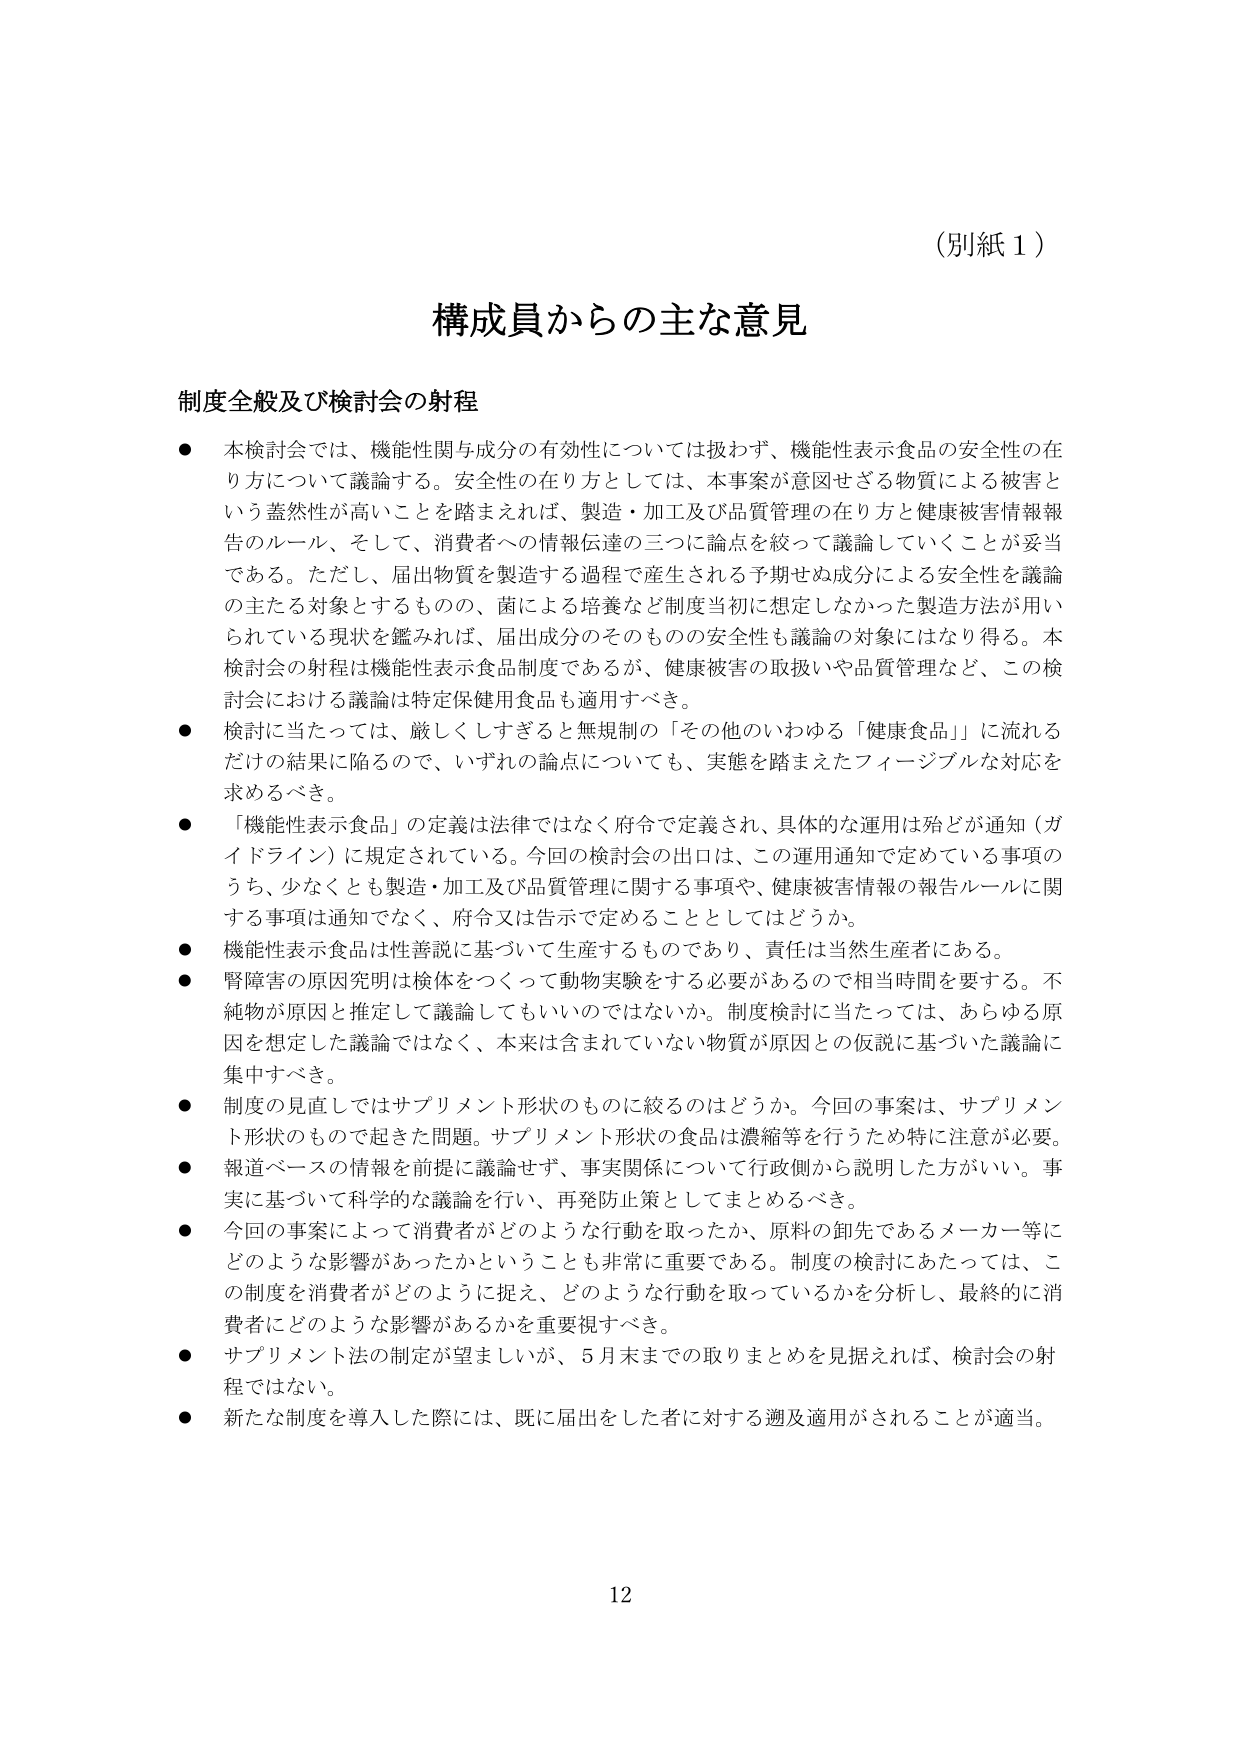
（別紙１）

構成員からの主な意見

制度全般及び検討会の射程

● 本検討会では、機能性関与成分の有効性については扱わず、機能性表示食品の安全性の在り方について議論する。安全性の在り方としては、本事案が意図せざる物質による被害という蓋然性が高いことを踏まえれば、製造・加工及び品質管理の在り方と健康被害情報報告のルール、そして、消費者への情報伝達の三つに論点を絞って議論していくことが妥当である。ただし、届出物質を製造する過程で産生される予期せぬ成分による安全性を議論の主たる対象とするものの、菌による培養など制度当初に想定しなかった製造方法が用いられている現状を鑑みれば、届出成分のそのものの安全性も議論の対象にはなり得る。本検討会の射程は機能性表示食品制度であるが、健康被害の取扱いや品質管理など、この検討会における議論は特定保健用食品も適用すべき。

● 検討に当たっては、厳しくしすぎると無規制の「その他のいわゆる「健康食品」に流れるだけの結果に陥るので、いずれの論点についても、実態を踏まえたフィージブル対応を求めるべき。

● 「機能性表示食品」の定義は法律ではなく府令で定義され、具体的な運用は殆どが通知（ガイドライン）に規定されている。今回の検討会の出口は、この運用通知で定めている事項のうち、少なくとも製造・加工及び品質管理に関する事項や、健康被害情報の報告ルールに関する事項は通知でなく、府令又は告示で定めることとしてはどうか。

● 機能性表示食品は性善説に基づいて生産するものであり、責任は当然生産者にある。

● 腎障害の原因究明は検体をつくって動物実験をする必要があるので相当時間を要する。不純物が原因と推定して議論してもいいのではないか。制度検討に当たっては、あらゆる原因を想定した議論ではなく、本来は含まれていない物質が原因との仮説に基づいた議論に集中すべき。

● 制度の見直しではサプリメント形状のものに絞るのはどうか。今回の事案は、サプリメント形状のもので起きた問題。サプリメント形状の食品は濃縮等を行うため特に注意が必要。

● 報道ベースの情報を前提に議論せず、事実関係について行政側から説明した方がいい。事実に基づいて科学的な議論を行い、再発防止策としてまとめるべき。

● 今回の事案によって消費者がどのような行動を取ったか、原料の卸先であるメーカー等にどのような影響があったかということも非常に重要である。制度の検討にあたっては、この制度を消費者がどのように捉え、どのような行動を取っているかを分析し、最終的に消費者にどのような影響があるかを重要視すべき。

● サプリメント法の制定が望ましいが、5月末までの取りまとめを見据えれば、検討会の射程ではない。

● 新たな制度を導入した際には、既に届出をした者に対する遡及適用がされることが適当。

12